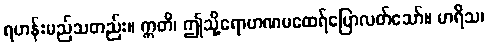
ရဟန်းမည်သတည်း။ ဣတိ၊ ဤသို့ရောဟဏမထေရ်ပြောလတ်သော်။ မာရိသ၊